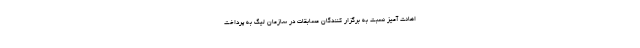
اهانت آمیز نسبت به برگزار کنندگان مسابقات در سازمان لیگ به پرداخت